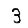
Digit: 3